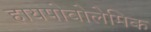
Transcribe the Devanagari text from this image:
हायपोवोलेमिक